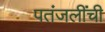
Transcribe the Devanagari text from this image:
पतंजलींची